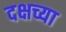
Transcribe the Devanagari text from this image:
दक्षच्या